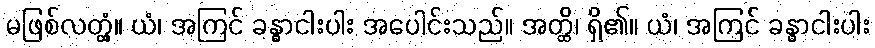
မဖြစ်လတ္တံ့။ ယံ၊ အကြင် ခန္ဓာငါးပါး အပေါင်းသည်။ အတ္ထိ၊ ရှိ၏။ ယံ၊ အကြင် ခန္ဓာငါးပါး